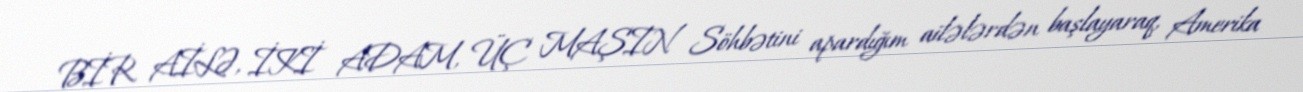
BİR AİLƏ, İKİ ADAM, ÜÇ MAŞIN Söhbətini apardığım ailələrdən başlayaraq, Amerika